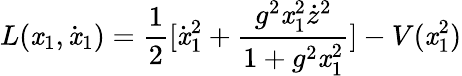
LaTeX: L(\mathit{x}_{1},\dot{{\mathit{x}}}_{1})=\frac{{1}}{{2}}[\dot{{\mathit{x}}}_{1}^{2}+\frac{{g^{2}\mathit{x}_{1}^{2}\dot{{z}}^{2}}}{{1+g^{2}\mathit{x}_{1}^{2}}}]-V(\mathit{x}_{1}^{2})